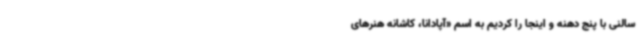
سالنی با پنج دهنه و اینجا را کردیم به اسم «آپادانا، کاشانه هنرهای